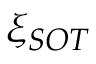
\xi _ { S O T }